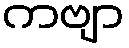
ကဗျာ